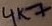
Text: 4K7